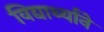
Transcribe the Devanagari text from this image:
विद्यार्थ्यांने